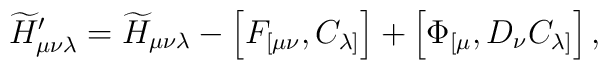
{\widetilde H}'_{\mu\nu\lambda} = {\widetilde H}_{\mu\nu\lambda} - \left[F_{[\mu\nu}, C_{\lambda]}\right] + \left[\Phi_{[\mu}, D_{\nu}C_{\lambda]}\right],